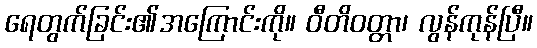
ရေတွက်ခြင်း၏အကြောင်းကို။ ဝီတိဝတ္တာ၊ လွန်ကုန်ပြီ။